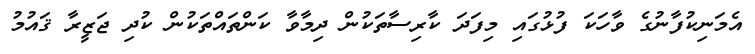
އެމަނިކުފާނުގެ ވާހަކަ ފުޅުގައި މިފަދަ ކާރިސާތަކުން ދިމާވާ ކަންތައްތަކުން ކުދި ޖަޒީރާ ޤައުމު